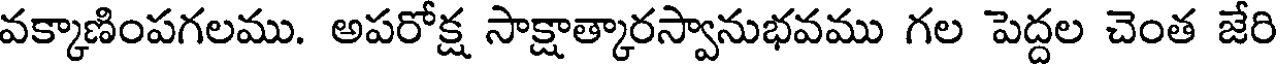
వక్కాణింపగలము. అపరోక్ష సాక్షాత్కారస్వానుభవము గల పెద్దల చెంత జేరి